Tartu_linnavalitsus, lk 124
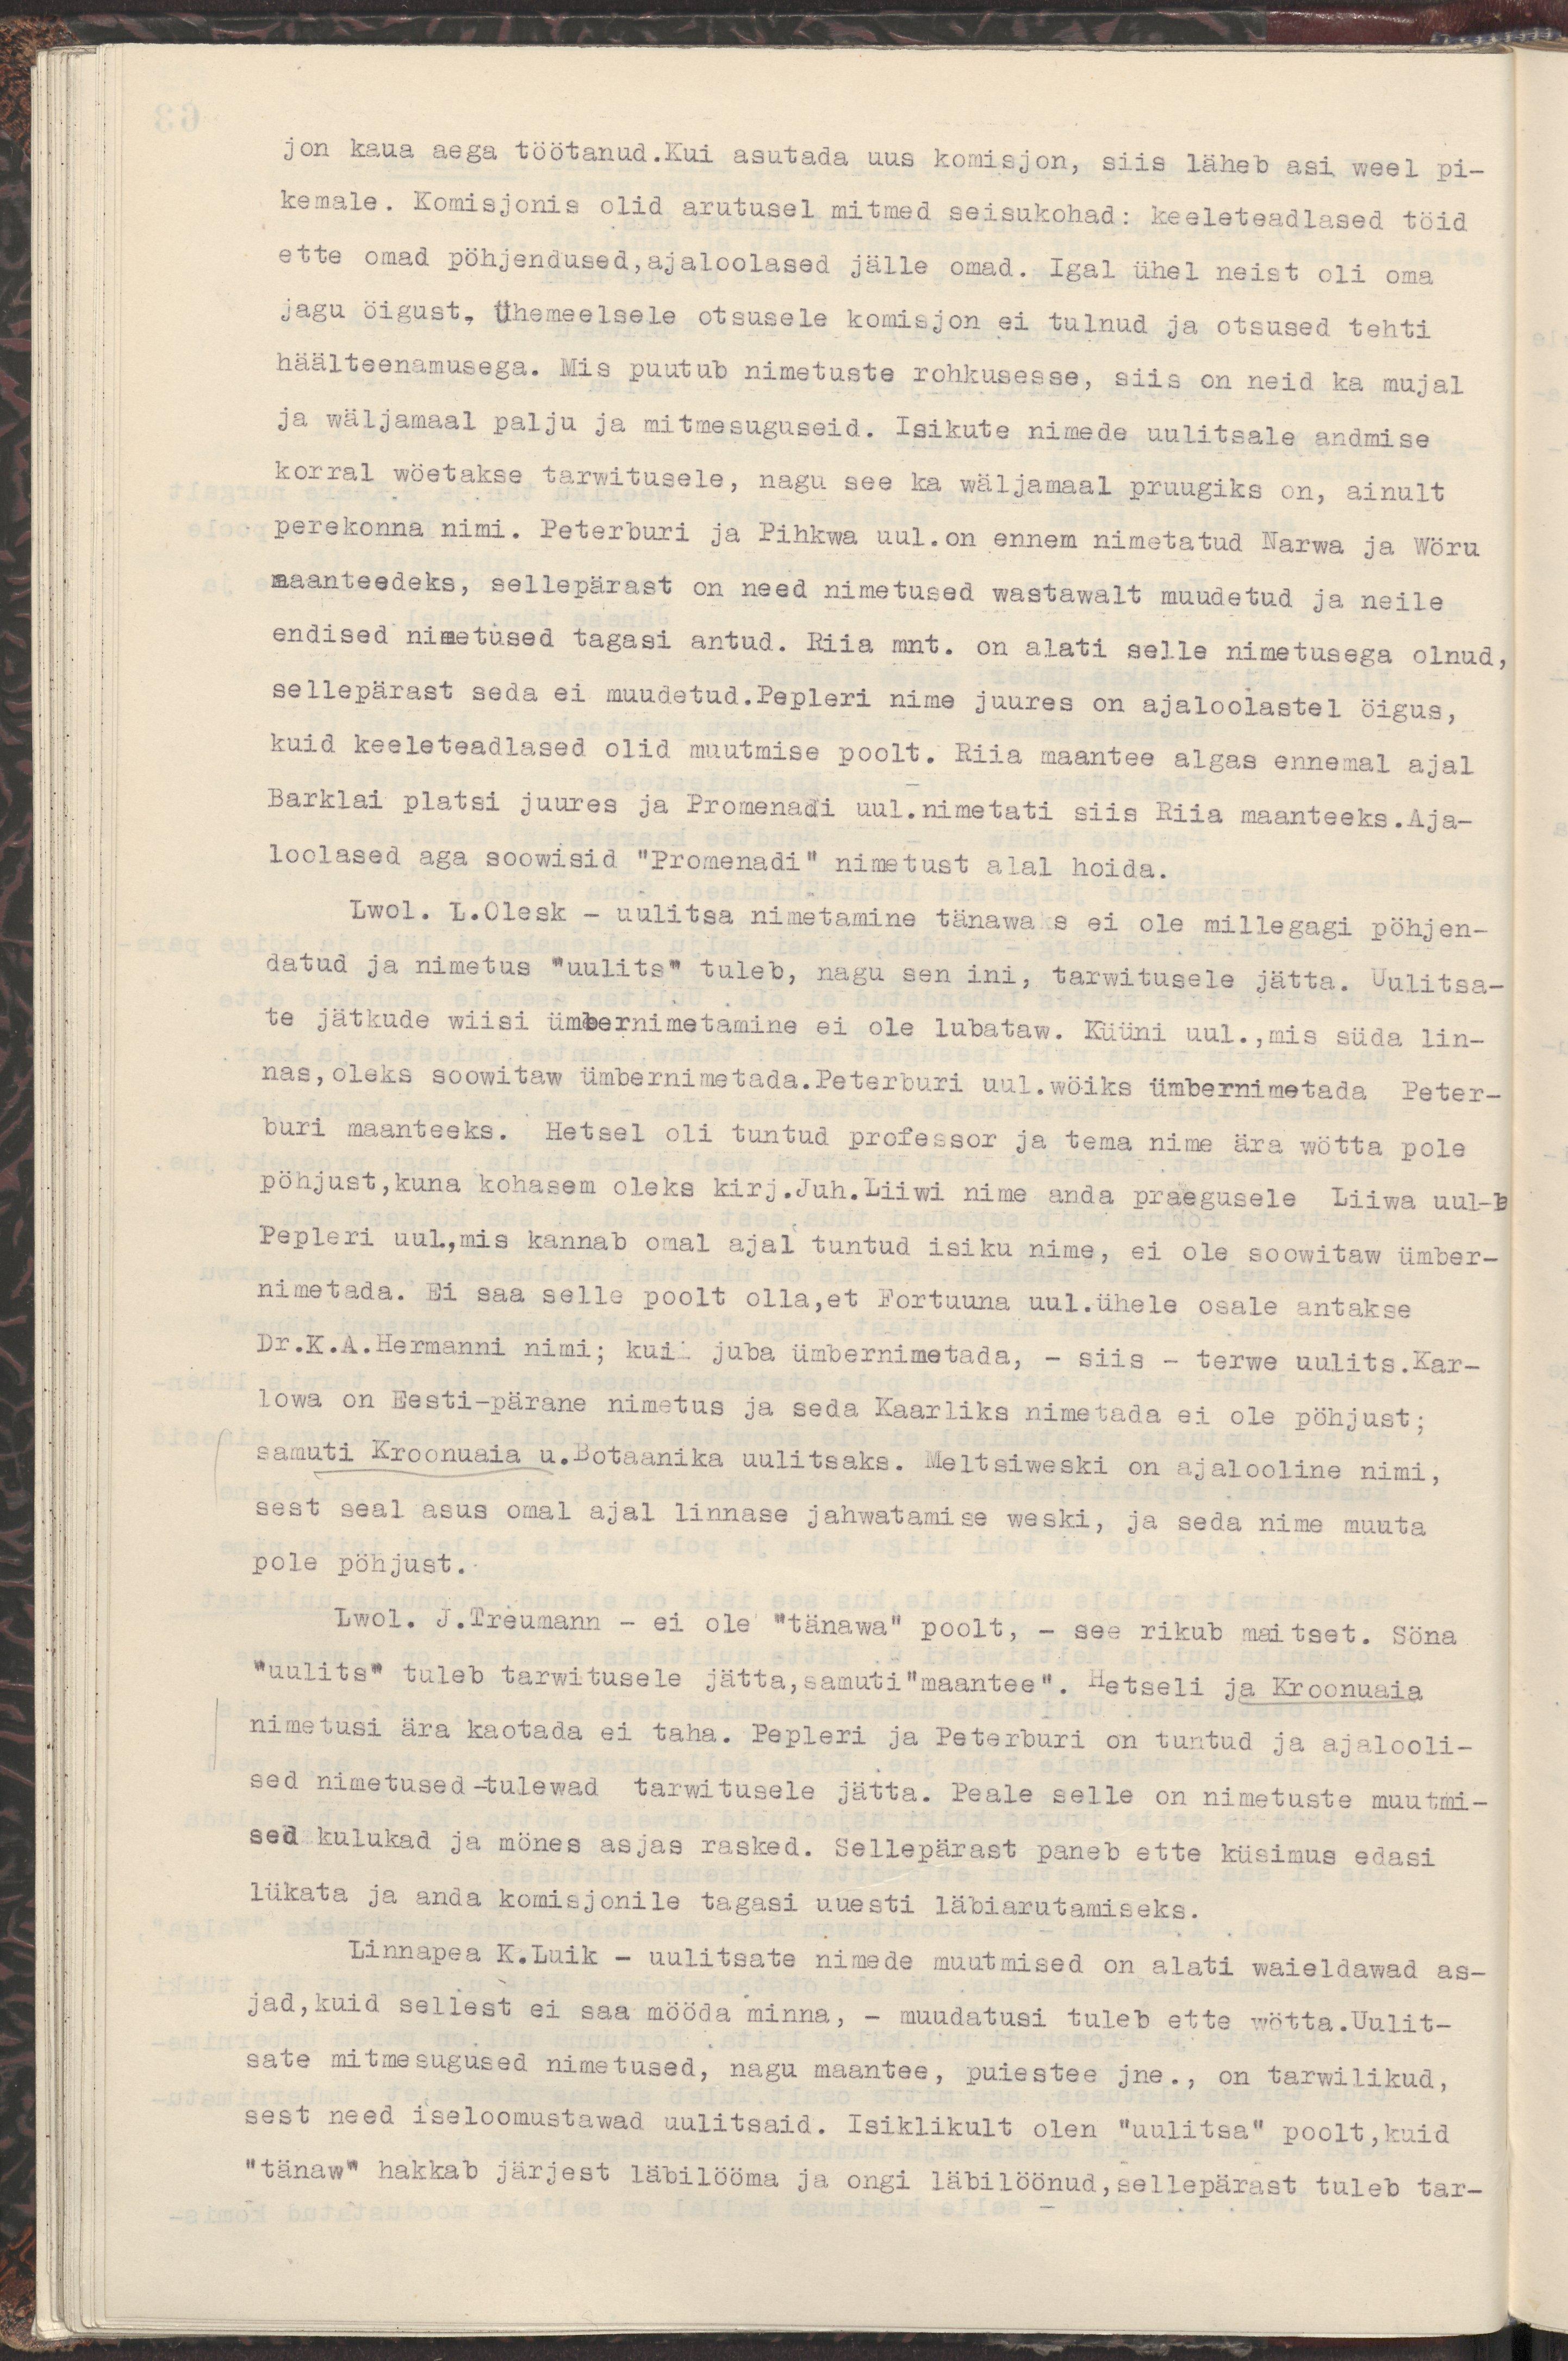
jon kaua aega töötanud.Kui asutada uus komisjon,siis läheb asi weel pi-
kemale. Komisjonis olid arutusel mitmed seisukohad: keeleteadlased töid
ette omad pöhjendused,ajaloolased jälle omad. Igal ühel neist oli oma
jagu öigust. Ühemeelsele otsusele komisjon ei tulnud ja otsused tehti
häälteenamusega. Mis puutub nimetuste rohkusesse, siis on neid ka mujal
ja wäljamaal palju ja mitmesuguseid. Isikute nimede uultsale andmise
korra wöetakse tarwitusele, nagu see ka wäljamaal pruugiks on, ainult
perekonna nimi. Peterburi ja Pihkwa uul. on ennem nimetatud Narwa ja Wõru
maanteedeks, sellepärast on need nimetused wastawalt muudetud ja neile
endised nimetused tagasi antud. Riia mnt. on alati selle nimetusega olnud,
sellepärast seda ei muudetud. Pepleri nime juures on ajaloolastel öigus,
kuid keeleteadlased olid muutmise poolt. Riia maantee algas ennemal ajal
Barklai platsi juures ja Promenadi uul. nimetati siis Riia maanteeks. Aja-
loolased aga soowisid "Promenadi" nimetust alal hoida.
Lwol. L.Olesk - uulitsa nimetamine tänawaks ei ole millegagi pöhjen-
datud ja nimetus "uulits" tuleb, nagu sen ini, tarwitusele jätta. Uulitsa-
te jätkude wiisi ümbernimetamine ei ole lubataw. Küüni uul., mis süda lin-
nas,oleks soowitaw ümbernimetada. Peterburi uul.wöiks ümbernimetada Peter-
buri maanteeks. Hetsel oli tuntud professor ja tema nime ära wötta pole
põhjust, kuna kohasem oleks kirj. Juh. Liiwi nime anda praegusele Liiwa uul-le
Pepleri uul., mis kannab omal ajal tuntud isiku nime, ei ole soowitaw ümber-
nimetada. Ei saa selle poolt olla,et Fortuuna uul.ühele osale antakse
Dr.K.A.Hermanni nimi; kui juba ümbernimetada, - siis - terwe uulits,Kar-
lowa on Eesti-pärane nimetus ja seda Kaarliks nimetada ei ole pöhjust;
samuti Kroonuaia u.Botaanika uulitsaks. Meltsiweski on ajalooline nimi,
sest seal asus omal ajal linnase jahwatamise weski, ja seda nime muuta
pole pöhjust.
Lwol. J.Treumann - ei ole "tänawa" poolt, - see rikub maitset. Söna
"uulits" tuleb tarwitusele jätta, samuti"maantee". Hetseli ja Kroonuaia
nimetusi ära kaotada ei taha. Pepleri ja Peterburi on tuntud ja ajalooli-
sed nimetused - tulewad tarwitusele jätta. Peale selle on nimetuste muutmi-
sed kulukad ja mönes asjas rasked. Sellepärast paneb ette küsimus edasi
lükata ja anda komisjonile tagasi uuesti läbiarutamiseks.
Linnapea K.Luik - uulitsate nimede muutmised on alati waieldawad as-
jad, kuid sellest ei saa mööda minna, - muudatusi tuleb ette wötta.Uulit-
sate mitmesugused nimetused, nagu maantee, puiestee jne., on tarwilikud,
sest need iseloomustawad uulitsaid. Isiklikult olen "uulitsa" poolt,kuid
"tänaw" hakkab järjest läbilööma ja ongi läbilöönud, sellepärast tuleb tar-